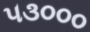
૫૩૦૦૦